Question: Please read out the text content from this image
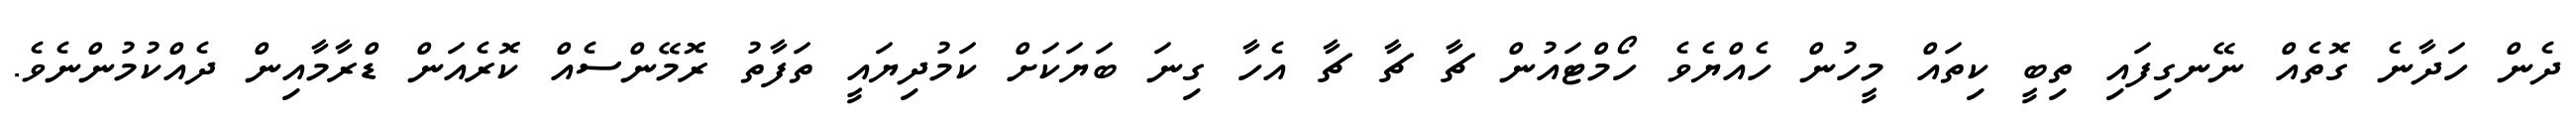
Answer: ދެން ހަދާނެ ގޮތެއް ނޭނގިފައި ތިބީ ކިތައް މީހުން ހެއްޔެވެ ހޯމްޓައުން ޗާ ޗާ ޗާ އެހާ ގިނަ ބަޔަކަށް ކަމުދިޔައީ ތަފާތު ރޮމޭންސެއް ކޮރެއަން ޑްރާމާއިން ދެއްކުމުންނެވެ.